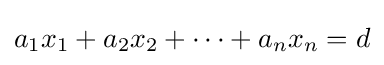
a_{1}x_{1}+a_{2}x_{2}+\cdots +a_{n}x_{n}=d